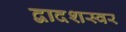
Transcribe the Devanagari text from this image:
द्वादशस्वर